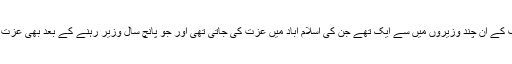
قادر بلوچ نواز شریف کے ان چند وزیروں میں سے ایک تھے جن کی اسلام آباد میں عزت کی جاتی تھی اور جو پانچ سال وزیر رہنے کے بعد بھی عزت کے ساتھ گھر گئے۔